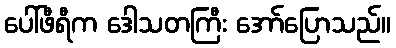
ပေါ်ဖီရီက ဒေါသတကြီး အော်ပြောသည်။